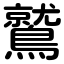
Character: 鷲